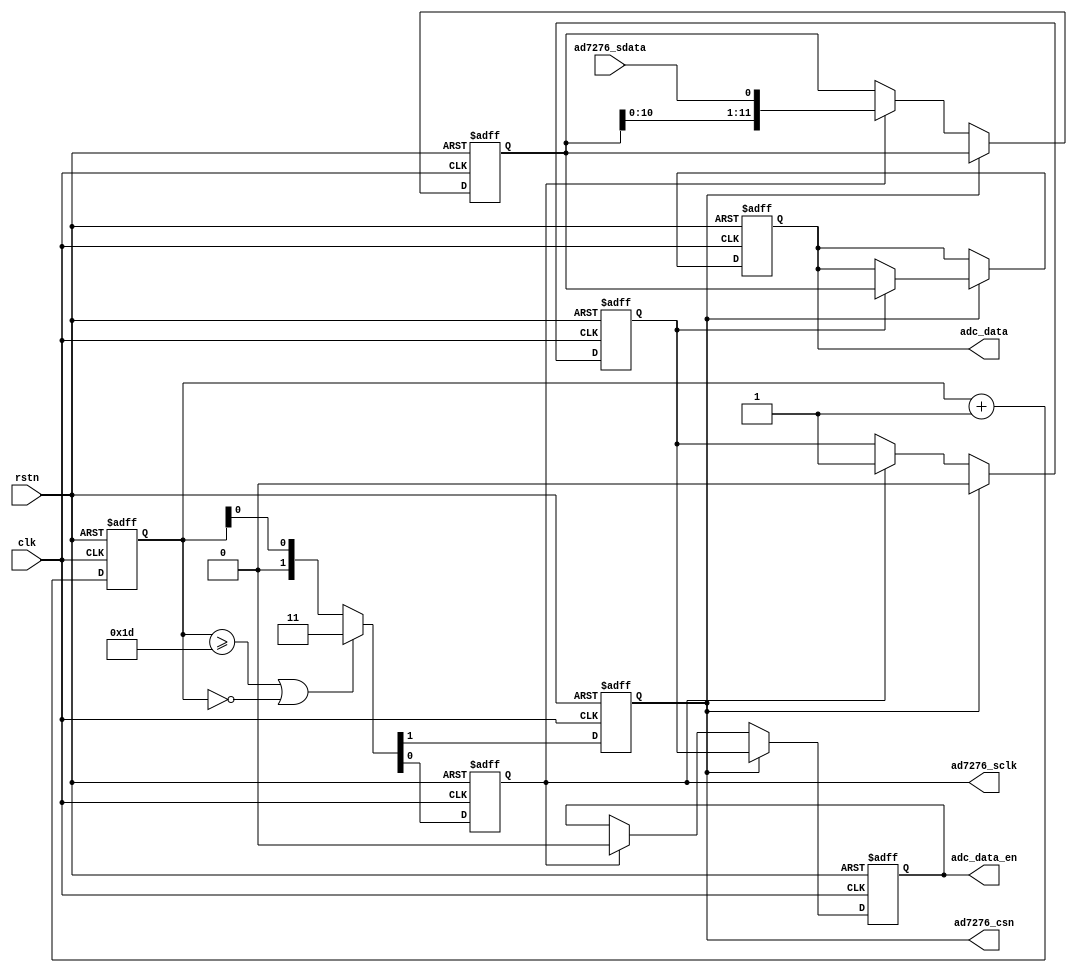

module ad7276_read (
    input  wire       rstn, 
    input  wire       clk,      // require 81.36MHz
    // connect to AD7276
    output reg        ad7276_csn,
    output reg        ad7276_sclk,
    input  wire       ad7276_sdata,
    // 12bit ADC data output
    output reg        adc_data_en,
    output reg [11:0] adc_data
);


initial {ad7276_csn, ad7276_sclk} = 2'b11;
initial {adc_data_en, adc_data} = 0;

reg [ 4:0] cnt = 0;
reg        data_en = 0;
reg [11:0] data = 0;

// cnt runs from 0~31 cyclic
always @ (posedge clk or negedge rstn)
    if(~rstn)
        cnt <= 0;
    else
        cnt <= cnt + 5'd1;


always @ (posedge clk or negedge rstn)
    if(~rstn) begin
        {ad7276_csn, ad7276_sclk} <= 2'b11;
    end else begin
        if(cnt >= 5'd29 || cnt == 5'd0)
            {ad7276_csn, ad7276_sclk} <= 2'b11;
        else
            {ad7276_csn, ad7276_sclk} <= {1'b0, cnt[0]};
    end


always @ (posedge clk or negedge rstn)
    if(~rstn) begin
        data_en <= 1'b0;
        data <= 0;
        adc_data_en <= 1'b0;
        adc_data <= 0;
    end else begin
        if(ad7276_csn) begin                     // submit result
            data_en <= 1'b0;
            adc_data_en <= data_en;
            if(data_en) adc_data <= data;
        end else if(ad7276_sclk) begin           // sample at negedge of ad7276_sclk
            data_en <= 1'b1;
            data <= {data[10:0], ad7276_sdata};
            adc_data_en <= 1'b0;
        end
    end


endmodule